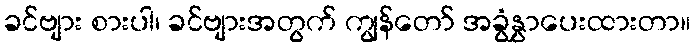
ခင်ဗျား စားပါ၊ ခင်ဗျားအတွက် ကျွန်တော် အခွံနွှာပေးထားတာ။